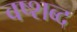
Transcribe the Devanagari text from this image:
वष्शब्द